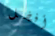
أفضل